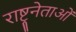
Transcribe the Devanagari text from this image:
राष्ट्रनेताओं